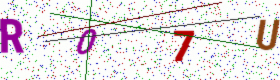
Text: R07U